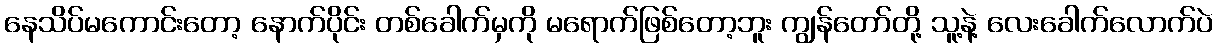
နေသိပ်မကောင်းတော့ နောက်ပိုင်း တစ်ခေါက်မှကို မရောက်ဖြစ်တော့ဘူး ကျွန်တော်တို့ သူ့နဲ့ လေးခေါက်လောက်ပဲ